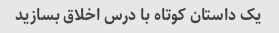
یک داستان کوتاه با درس اخلاق بسازید